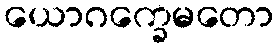
ယောဂက္ခေမတော